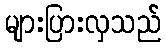
များပြားလှသည်